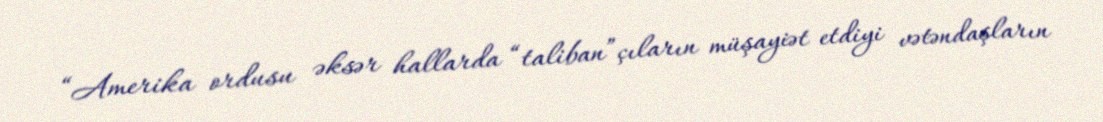
“Amerika ordusu əksər hallarda “taliban”çıların müşayiət etdiyi vətəndaşların